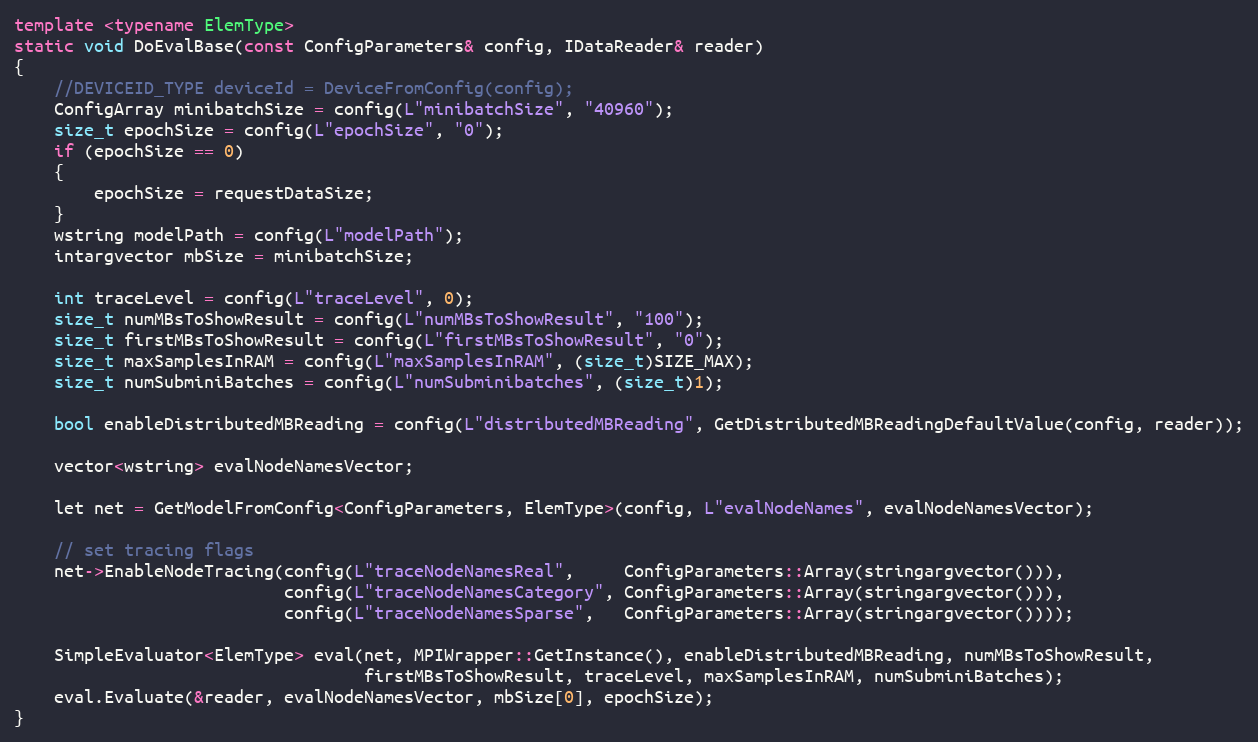
Language: C++
template <typename ElemType>
static void DoEvalBase(const ConfigParameters& config, IDataReader& reader)
{
    //DEVICEID_TYPE deviceId = DeviceFromConfig(config);
    ConfigArray minibatchSize = config(L"minibatchSize", "40960");
    size_t epochSize = config(L"epochSize", "0");
    if (epochSize == 0)
    {
        epochSize = requestDataSize;
    }
    wstring modelPath = config(L"modelPath");
    intargvector mbSize = minibatchSize;

    int traceLevel = config(L"traceLevel", 0);
    size_t numMBsToShowResult = config(L"numMBsToShowResult", "100");
    size_t firstMBsToShowResult = config(L"firstMBsToShowResult", "0");
    size_t maxSamplesInRAM = config(L"maxSamplesInRAM", (size_t)SIZE_MAX);
    size_t numSubminiBatches = config(L"numSubminibatches", (size_t)1);

    bool enableDistributedMBReading = config(L"distributedMBReading", GetDistributedMBReadingDefaultValue(config, reader));

    vector<wstring> evalNodeNamesVector;

    let net = GetModelFromConfig<ConfigParameters, ElemType>(config, L"evalNodeNames", evalNodeNamesVector);

    // set tracing flags
    net->EnableNodeTracing(config(L"traceNodeNamesReal",     ConfigParameters::Array(stringargvector())),
                           config(L"traceNodeNamesCategory", ConfigParameters::Array(stringargvector())),
                           config(L"traceNodeNamesSparse",   ConfigParameters::Array(stringargvector())));

    SimpleEvaluator<ElemType> eval(net, MPIWrapper::GetInstance(), enableDistributedMBReading, numMBsToShowResult,
                                   firstMBsToShowResult, traceLevel, maxSamplesInRAM, numSubminiBatches);
    eval.Evaluate(&reader, evalNodeNamesVector, mbSize[0], epochSize);
}